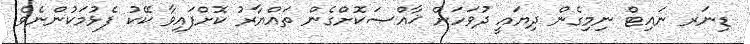
ޑިނަރ ނައިޓް ނިމިގެން ދިޔައީ ދުވަހަށް ޚާއްޞަކޮށްގެން ތައްޔާރު ކޮށްފައިވާ ކޭކު ފެޅުމަކުންނެވެ.